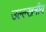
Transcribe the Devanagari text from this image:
उल्ल्खनीय